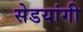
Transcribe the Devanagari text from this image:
सेडयांगी